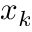
x _ { k }